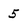
Character: 5